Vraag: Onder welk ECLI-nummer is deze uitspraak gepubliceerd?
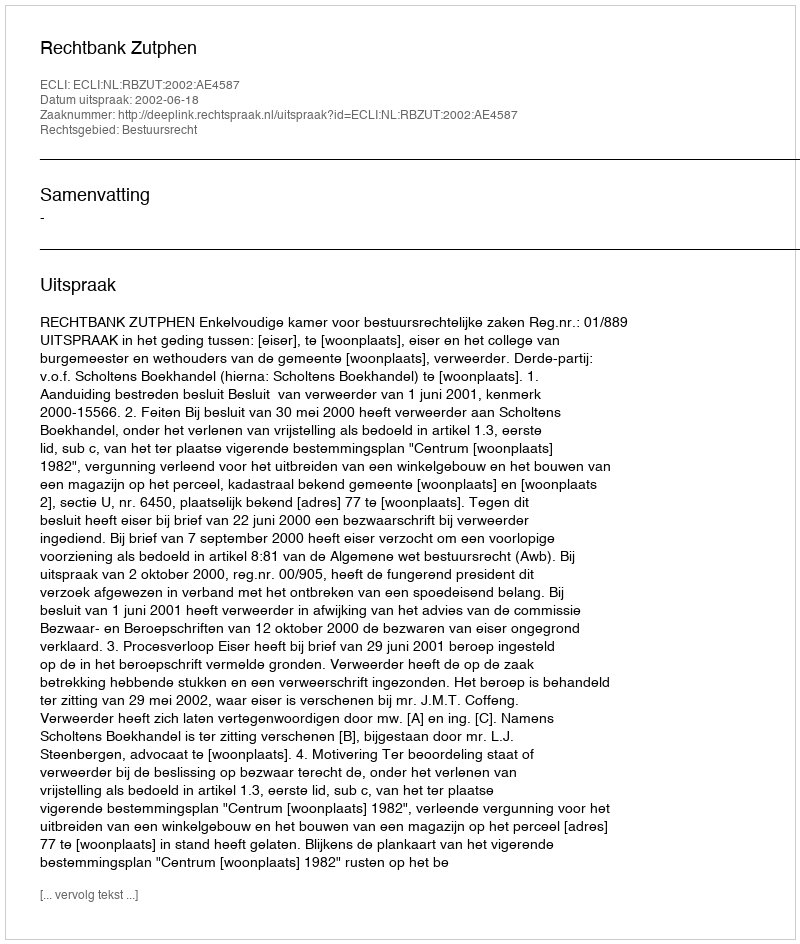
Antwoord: ECLI:NL:RBZUT:2002:AE4587